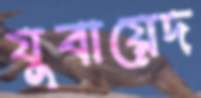
যুবায়েদ